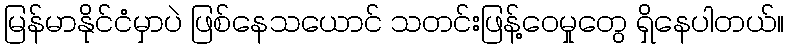
မြန်မာနိုင်ငံမှာပဲ ဖြစ်နေသယောင် သတင်းဖြန့်ဝေမှုတွေ ရှိနေပါတယ်။